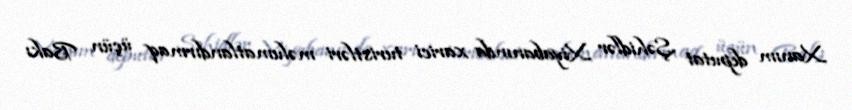
Xanım deputat Şəhidlər Xiyabanında xarici turistləri məlumatlandırmaq üçün Bakı